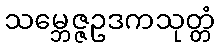
သမ္ဘေဇ္ဇဥဒကသုတ္တံ